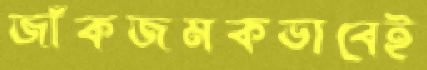
জাঁকজমকভাবেই